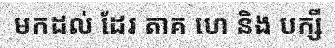
មកដល់ ដែរ តាគ ហេ និង បក្សី